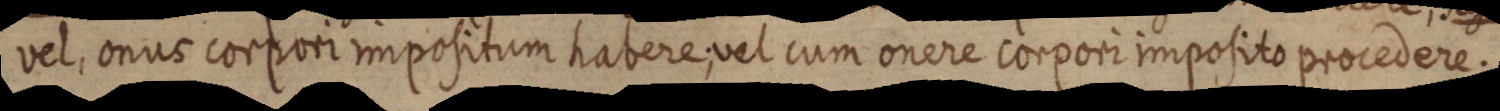
vel, onus corpori impositum habere; vel cum onere corpori imposito procedere.